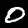
Digit: 0